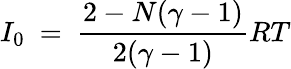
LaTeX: I_{0}~=~\frac{2-N(\gamma-1)}{2(\gamma-1)}RT